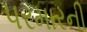
પરમારની